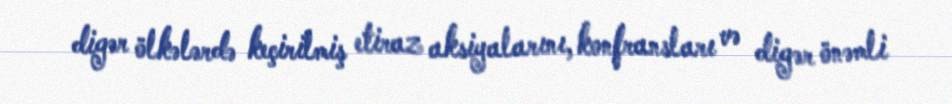
digər ölkələrdə keçirilmiş etiraz aksiyalarını, konfransları və digər önəmli